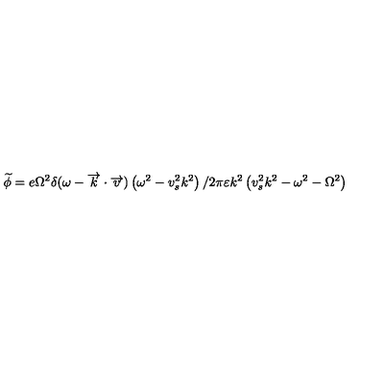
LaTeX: \widetilde { \phi } = e \Omega ^ { 2 } \delta ( \omega - \overrightarrow { k } \cdot \overrightarrow { v } ) \left( \omega ^ { 2 } - v _ { s } ^ { 2 } k ^ { 2 } \right) / 2 \pi \varepsilon k ^ { 2 } \left( v _ { s } ^ { 2 } k ^ { 2 } - \omega ^ { 2 } - \Omega ^ { 2 } \right)